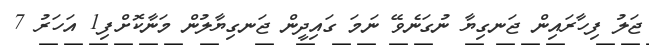
ޖަލު ފިހާރައިން ޖަނގިޔާ ނުގަނެވޭ ނަމަ ގައިދީން ޖަނގިޔާލުން މަނާކޮށްފި1 އަހަރު 7